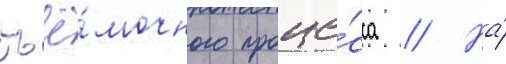
съё́мочного проце́сса // На́